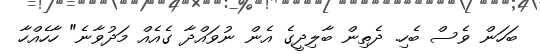
ބަހަން ވެސް ބެހި. ދެތިން ބާލިދީގެ އެން ނުވައްދާ ގެއެއް މަދުވާނެ" ހާހެއްހާ